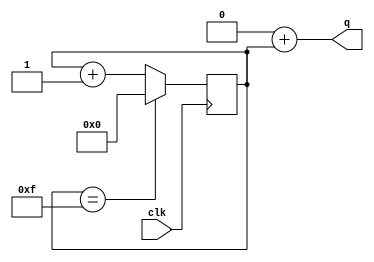
module counter #(parameter W = 16)(
    input clk,

    output [W-1:0]q
);

reg [W-1:0]cnt = 0;

assign q = 16'h0000 + cnt;

always @(posedge clk) begin
    if(cnt == 16'hF)
        cnt <= 0;
    else
        cnt <= cnt + 16'h1;
end


endmodule